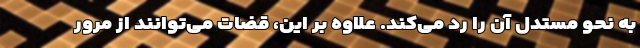
به نحو مستدل آن را رد می‌کند. علاوه بر این، قضات می‌توانند از مرور